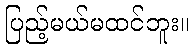
ပြည့်မယ်မထင်ဘူး။